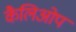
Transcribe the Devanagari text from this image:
कैलिओप